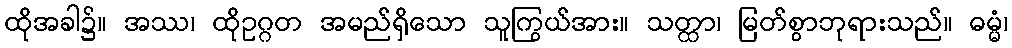
ထိုအခါ၌။ အဿ၊ ထိုဥဂ္ဂတ အမည်ရှိသော သူကြွယ်အား။ သတ္ထာ၊ မြတ်စွာဘုရားသည်။ ဓမ္မံ၊